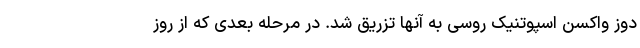
دوز واکسن اسپوتنیک روسی به آنها تزریق شد. در مرحله بعدی که از روز